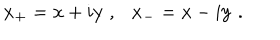
LaTeX: { \bf x _ { + } } = { \bf x } + i { \bf y } ~ , { \bf x _ { - } } = { \bf x } - i { \bf y } \; .